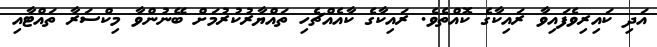
އަދި ކައިރިވެފައިވާ ރައިކާގެ ކޮއްތެވެ. ރައިކާގެ ކާއެއްޗެހި ތައްޔާރުކުރުމަށް ބޭނުންވާ މިކްސަރާ ތައްޓާއި